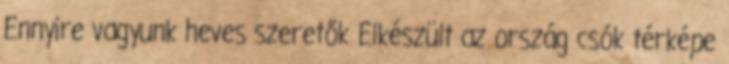
Ennyire vagyunk heves szeretők Elkészült az ország csók térképe